Burma Government Medical School reports 1923-41
Year: 1923
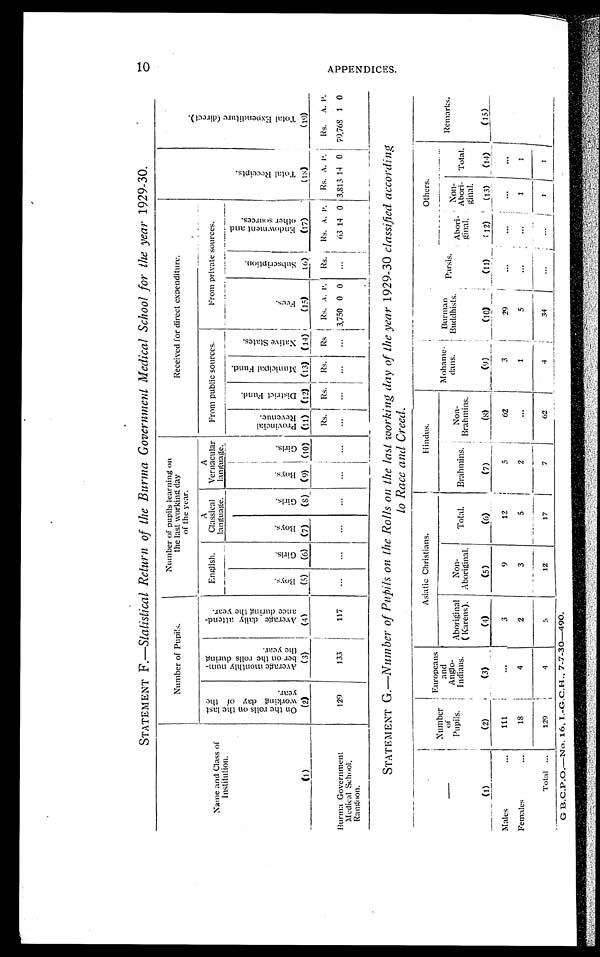
STATEMENT F.—Statistical Return of the Burma Government Medical School for the year 1929-30.
N a m e a n d C l a s s o f I n s t i t u t i o n .
(1)
N u m b e r o f P u p i l s .
Nu mb e r o f p u p i l s l e a r n i n g o n t h e l a s t wo r k i n g d a y o f t h e y e a r .
Recei ved for di rect expendi t ure.
T o t a l R e c e i p t s .
( 1 8 )
T o t a l E x p e n d i t u r e ( d i r e c t ) .
( 1 9 )
O n t h e r o l l s o n t h e l a s t w o r k i n g d a y o f t h e y e a r .
( 2 )
A v e r a g e m o n t h l y n u m - b e r o n t h e r o l l s d u r i n g t h e y e a r .
( 3 )
A v e r a g e d a i l y a t t e n d - a n c e d u r i n g t h e y e a r .
( 4 )
E n g l i s h .
A C l a s s i c a l l a n g u a g e .
A V e r n a c u l a r l a n g u a g e
F r o m p u b l i c s o u r c e s .
F r o m p r i v a t e s o u r c e s .
B o y s .
( 5 )
G i r l s .
( 6 )
B o y s .
( 7 )
G i r l s .
( 8 )
B o y s .
( 9 )
G i r l s .
( 1 0 )
P r o v i n c i a l R e v e n u e .
( 1 1 )
D i s t r i c t F u n d .
( 1 2 )
M u n i c i p a l F u n d .
( 1 3 )
N a t i v e S t a t e s .
( 1 4 )
F e e s .
( 1 5 )
S u b s c r i p t i o n .
( 1 6 )
E n d o w m e n t a n d o t h e r s o u r c e s .
( 1 7 )
R s .
R s .
R s .
R s .
R s . A . P .
R s .
R s . A . P .
R s . A . P .
R s .
A . P .
B u r m a G o v e r n m e n t M e d i c l S c h o o l , R a n g o o n .
1 2 9
1 3 3
1 1 7
. . .
. . .
. . .
. . .
. . .
. . .
. . .
. . .
. . .
. . .
3 , 7 5 0
0
0
. . .
6 3 1 4 0 3 , 8 1 3
1 4 0 7 9 , 7 6 8
1 0
STATEMENT G.— Number of Pupils on the Rolls on the last working day of the year 1929-30 classified according
to Race and Creed.
— ( 1 )
N u m b e r o f P u p i l s .
( 2 )
E u r o p e a n s a n d A n g l o - I n d i a n s .
( 3 )
A s i a t i c C h r i s t i a n s .
H i n d u s .
M o h a m e - d a n s .
( 9 )
B u r m a n B u d d h i s t s .
( 1 0 )
P a r s i s .
( 1 1 )
O t h e r s .
R e m a r k s .
( 1 5 )
A b o r i g i n a l ( K a r e n s ) .
( 4 )
N o n - A b o r i g i n a l .
( 5 )
T o t a l .
( 6 )
B r a h m i n s .
( 7 )
N o n - B r a h m i n s .
( 8 )
A b o r i - g i n a l .
( 1 2 )
N o n - A b o r i - g i n a l .
( 1 3 )
T o t a l .
( 1 4 )
Male
1 1 1
. . .
3
9
1 2
5
6 2
3
2 9
. . .
. . .
. . .
. . .
Femal e
1 8
4
2
3
5
2
. . .
1
5
. . .
. . .
1
1
T o t a l
1 2 9
4
5
1 2
1 7
7
6 2
4
3 4
. . .
. . . 1
1
G.B.C.P.O.—No. 16. I.-G.C.H., 7-7-30—490.
A P P E N D I C E S .